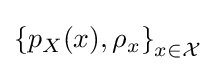
\left\{p_{X}(x),\rho _{x}\right\}_{x\in {\mathcal {X}}}